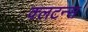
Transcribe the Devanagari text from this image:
क्लटन्स